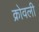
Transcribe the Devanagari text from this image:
क्रोवली